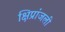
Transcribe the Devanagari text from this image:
क्षिप्रांजली